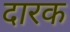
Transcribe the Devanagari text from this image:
दारक